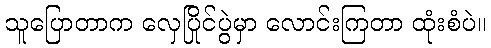
သူပြောတာက လှေပြိုင်ပွဲမှာ လောင်းကြတာ ထုံးစံပဲ။